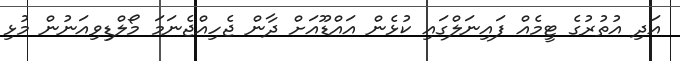
އަދި އުތުރުގެ ޓީމެއް ފައިނަލްގައި ކުޅެން އައްޑޫއަށް ދާން ޖެހިއްޖެނަމަ މޯލްޑިވިއަނުން މުޅި